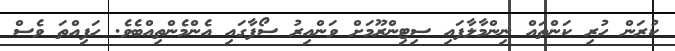
ކުރަން ހުރި ކަންތައް ނިންމާލާފައި ސިޓިންރޫމަށް ވަންއިރު ސޯފާގައި އެންމެންތިއްބެވެ. ހަފިއްތަ ވެސް